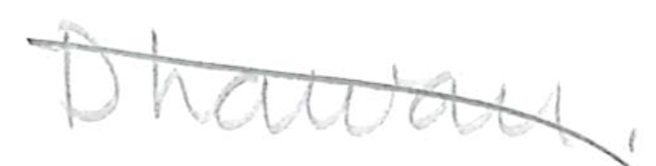
Text: Dhawan.
Cross-out: diagonal
Writing tool: pencil